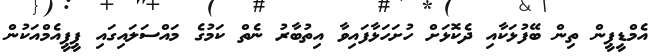
އެމްޑީޕީން ތިން ބޭފުޅަކާއި ދެކޮޅަށް ހުށަހަޅާފައިވާ އިތުބާރު ނެތް ކަމުގެ މައްސަލައިގައި ޕީޕީއެމްއަކުން